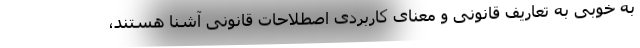
به خوبی به تعاریف قانونی و معنای کاربردی اصطلاحات قانونی آشنا هستند،